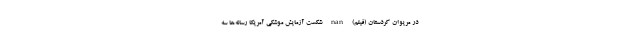
در مریوان کردستان (فیلم) nan شکست آزمایش موشکی آمریکا رسانه‌ها سه